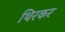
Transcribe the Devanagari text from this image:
थिरकर